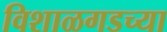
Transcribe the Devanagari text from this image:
विशाळगडच्या